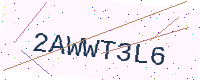
Text: 2AWWT3L6